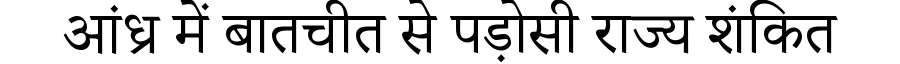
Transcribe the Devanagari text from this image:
आंध्र में बातचीत से पड़ोसी राज्य शंकित